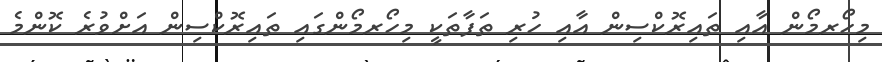
މިހޯރމޯން އާއި ތައިރޮކްސިން އާއި ހުރި ތަފާތަކީ މިހޯރމޯންގައި ތައިރޮކްސިން އަށްވުރެ ކޮންމެ